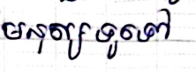
មនុស្សទូទៅ